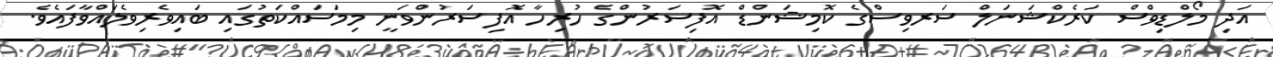
އަދި މޯލްޑިވްސް ކަރެކްޝަނަލް ސަރވިސްގެ ކޮމިޝަންޑް އޮފިސަރުންގެ ހުރިހާ އޮފިސަރުންވަނީ މިމަސައްކަތުގައި ބައިވެރިވެލައްވާފައެވެ.